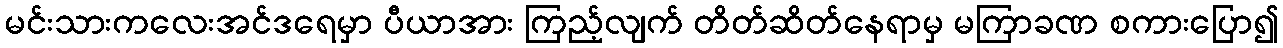
မင်းသားကလေးအင်ဒရေမှာ ပီယာအား ကြည့်လျက် တိတ်ဆိတ်နေရာမှ မကြာခဏ စကားပြော၍